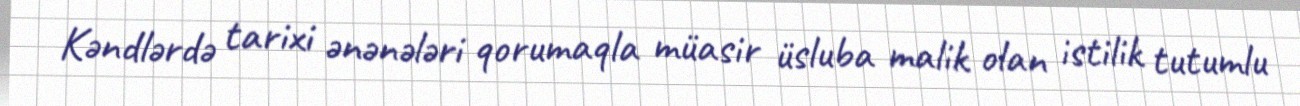
Kəndlərdə tarixi ənənələri qorumaqla müasir üsluba malik olan istilik tutumlu